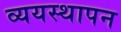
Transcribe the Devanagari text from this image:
व्ययस्थापन